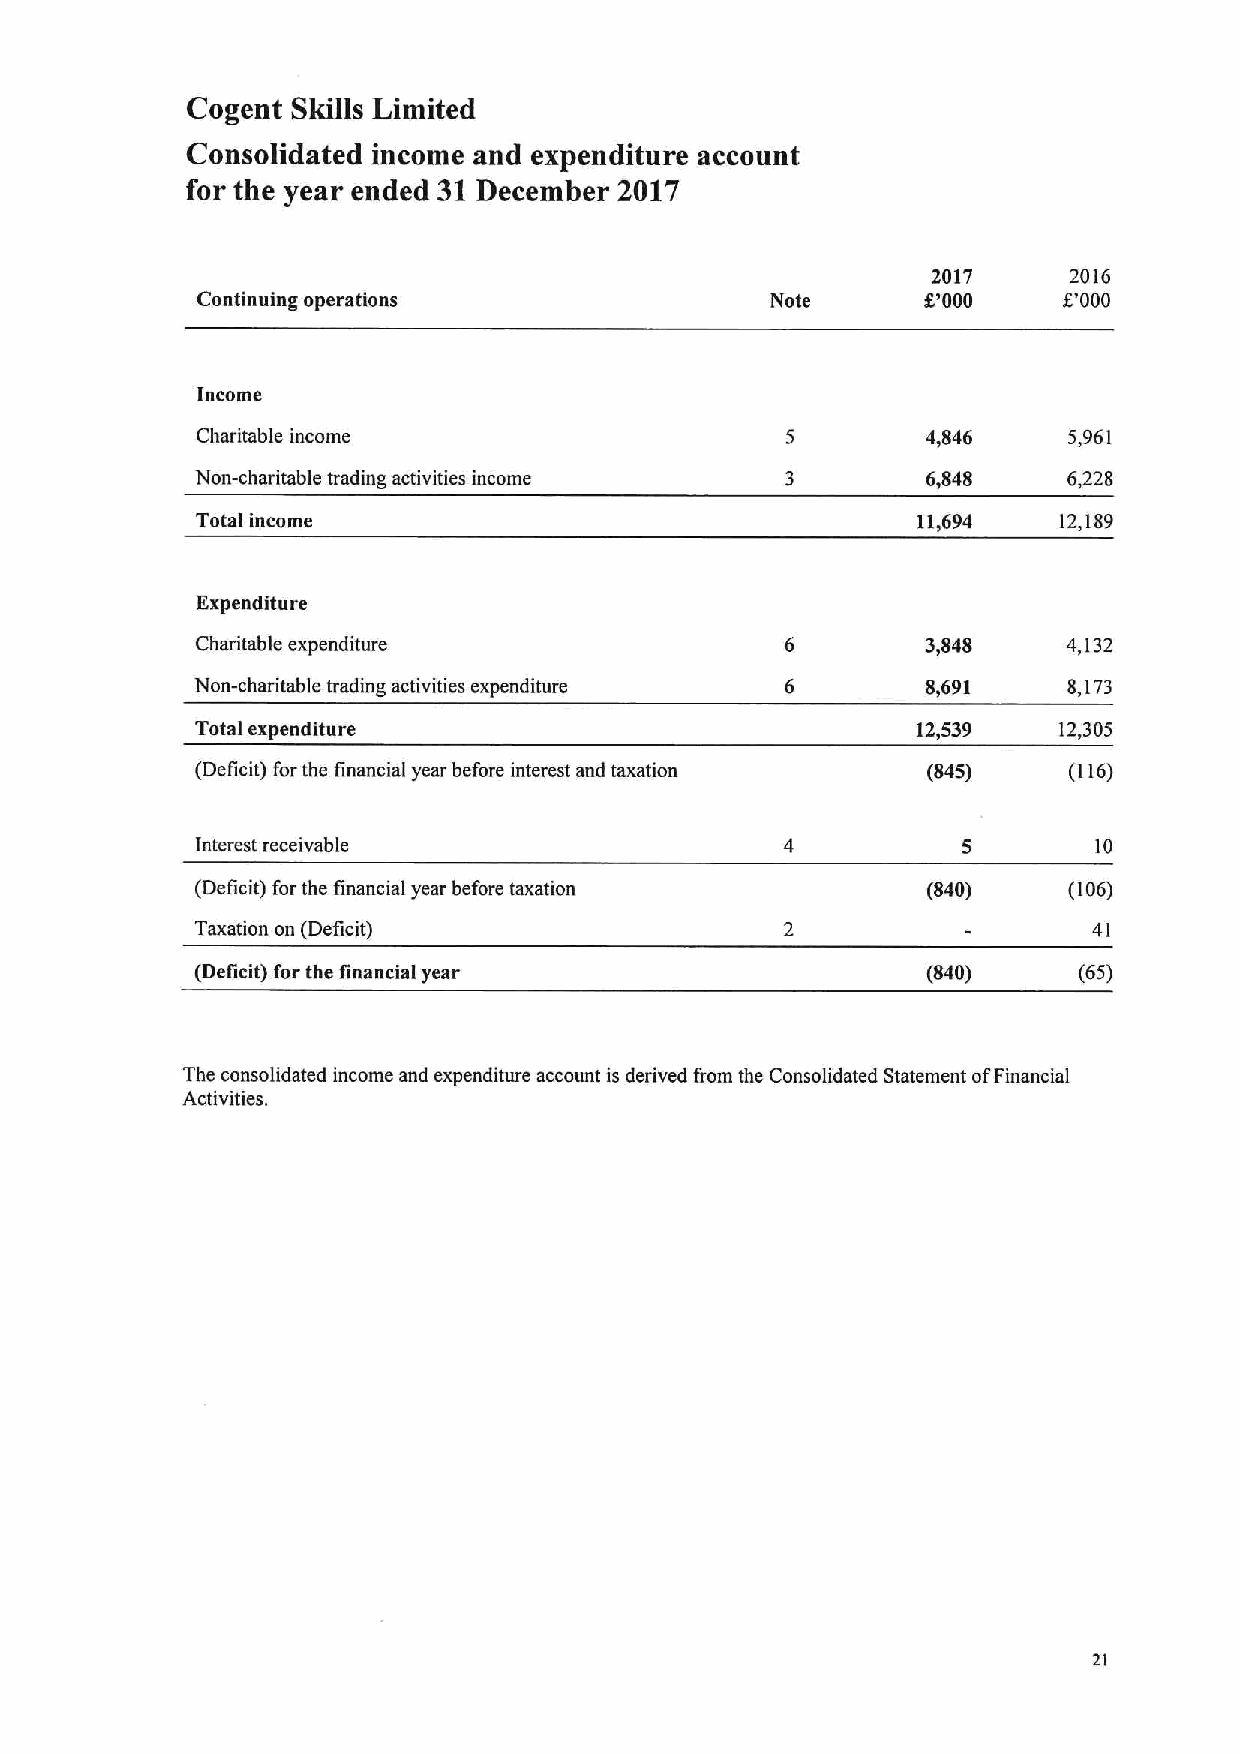
Cogent Skills Limited
 Consolidated income and expenditure account
 for the year ended 31December 2017
 2017     2016
 Continuing operations                 Note      8'000    5'000
 Income
 Charitable income                               4,846     5,961
 Non-charitable trading activities income        6,848     6,228
 Total income                                    11,694   12,189
 Expenditure
 Charitable expenditure                          3,848     4,132
 Non-charitable trading activities expenditure   8,691     8,173
 Total expenditure                               12,539   12,305
 (Deficit) forthe financial year before interest and taxation (845) (116)
 Interest receivable                                        10
 (Deficit) for the financial year before taxation (840)    (106)
 Taxation on (Deficit)                                      41
 (Deficit) for the financial year                (840)     (65)
 The consolidated income and expenditure account is derived f'rom the Consolidated Statement ofFinancial
 Activities.
 21